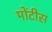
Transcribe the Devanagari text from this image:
मोंटीस